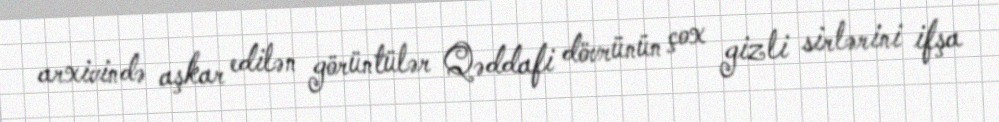
arxivində aşkar edilən görüntülər Qəddafi dövrünün çox gizli sirlərini ifşa